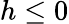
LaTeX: h\leq 0